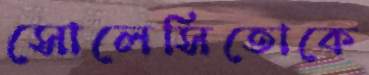
সোলেসিতোকে